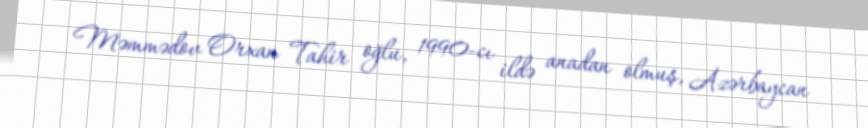
Məmmədov Orxan Tahir oğlu, 1990-cı ildə anadan olmuş, Azərbaycan